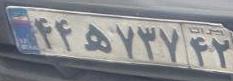
۴۴ه۷۳۷۴۲